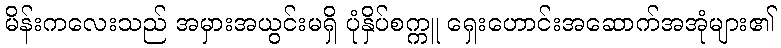
မိန်းကလေးသည် အမှားအယွင်းမရှိ ပုံနှိပ်စက္ကူ ရှေးဟောင်းအဆောက်အအုံများ၏